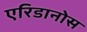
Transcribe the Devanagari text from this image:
एरिडानोस